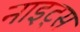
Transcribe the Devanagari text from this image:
नाइट्‌स